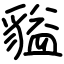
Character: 貖